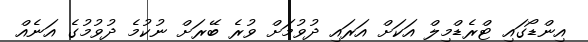
އިންޑޯގައި ޓްރެޑްމިލް އަކަށް އަރައި ދުވުމަށް ވުރެ ބޭރަށް ނުކުމެ ދުވުމުގެ އަނެއް